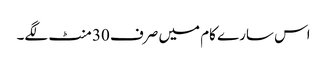
اس سارے کام میں صرف 30 منٹ لگے۔